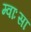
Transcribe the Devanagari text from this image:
म्वाःसा